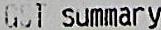
GST SUMMARY